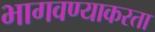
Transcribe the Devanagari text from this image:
भागवण्याकरता